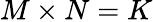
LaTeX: M\times N=K